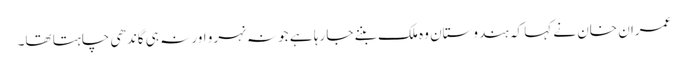
عمران خان نے کہا کہ ہندوستان وہ ملک بننے جا رہا ہے جو نہ نہرو اور نہ ہی گاندھی چاہتا تھا۔